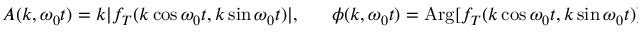
\begin{array} { r } { A ( k , \omega _ { 0 } t ) = k | f _ { T } ( k \cos \omega _ { 0 } t , k \sin \omega _ { 0 } t ) | , \ \ \ \ \ \phi ( k , \omega _ { 0 } t ) = \mathrm { A r g } [ f _ { T } ( k \cos \omega _ { 0 } t , k \sin \omega _ { 0 } t ) ] . \ } \end{array}